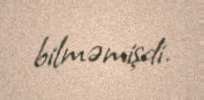
bilməmişdi.